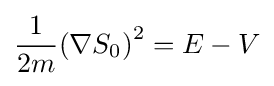
{\frac {1}{2m}}{(\nabla S_{0})}^{2}=E-V